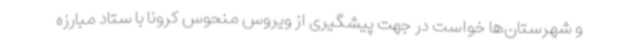
و شهرستان‌ها خواست در جهت پیشگیری از ویروس منحوس کرونا با ستاد مبارزه